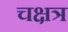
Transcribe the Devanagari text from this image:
चक्षत्र